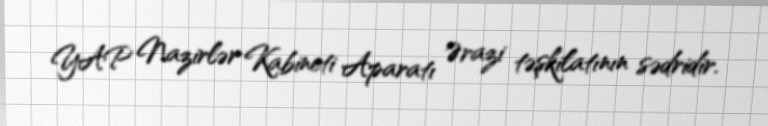
YAP Nazirlər Kabineti Aparatı Ərazi təşkilatının sədridir.